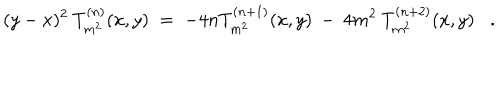
( y - x ) ^ { 2 } \: T _ { m ^ { 2 } } ^ { ( n ) } ( x , y ) \; = \; - 4 n T _ { m ^ { 2 } } ^ { ( n + 1 ) } ( x , y ) \: - \: 4 m ^ { 2 } \: T _ { m ^ { 2 } } ^ { ( n + 2 ) } ( x , y ) .